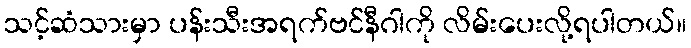
သင့်ဆံသားမှာ ပန်းသီးအရက်ဗင်နီဂါကို လိမ်းပေးလို့ရပါတယ်။